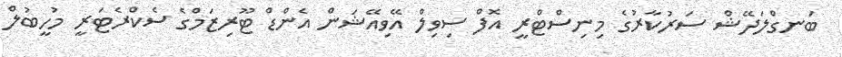
ބަނގްލަދޭޝް ސަރުކާރުގެ މިނިސްޓްރީ އޮފް ސިވިލް އޭވިއޭޝަން އެންޑް ޓޫރިޒަމްގެ ސެކްރެޓަރީ މުހީބުލް